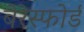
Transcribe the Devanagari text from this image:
बेरेस्फोर्ड